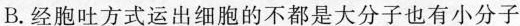
B.经胞吐方式运出细胞的不都是大分子也有小分子